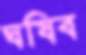
ঘষিব